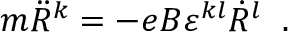
m \ddot { R } ^ { k } = - e B \varepsilon ^ { k l } \dot { R } ^ { l } \; \; .